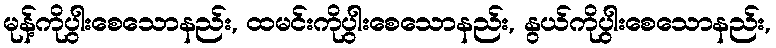
မုန့်ကိုပွါးစေသောနည်း, ထမင်းကိုပွါးစေသောနည်း, နွယ်ကိုပွါးစေသောနည်း,